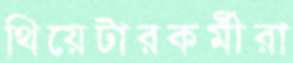
থিয়েটারকর্মীরা